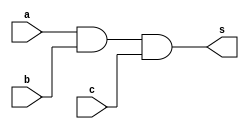
//-------------------------
//	Exemplo0013-AND
// Nome: Douglas Henrique Silva Correa
//-------------------------

//-------------------------
//--and gate
//-------------------------

module andgate ( output s,
						input a,
						input b,
						input c);
 assign s = a & b & c;
endmodule // andgate

//---------------------
//--test and gate
//---------------------
module testandgate;
//-------------------------dados locais
reg a, b, c; // definir registradores
wire s;
			// definir conexao (fio)
//-------------------------instancia
andgate AND1 (s, a, b, c);
//-------------------------preparacao
initial begin:start
				// atribuicao simultanea
				// dos valores iniciais
 a=0; b=0; c=0;
end
//-------------------------parte principal

initial begin
	$display("Exemplo0013 - Douglas Henrique Silva Correa - 466503");
	$display("Test AND gate");
	$display("\na & b & c = s\n");
	a=0; b=0; c=0;
#1	$display("%b & %b & %b = %b", a, b, c, s);
	a=0; b=0; c=1;
#1	$display("%b & %b & %b = %b", a, b, c, s);
	a=0; b=1; c=0;
#1	$display("%b & %b & %b = %b", a, b, c, s);
	a=0; b=1; c=1;
#1	$display("%b & %b & %b = %b", a, b, c, s);
	a=1; b=0; c=0;
#1	$display("%b & %b & %b = %b", a, b, c, s);
	a=1; b=0; c=1;
#1	$display("%b & %b & %b = %b", a, b, c, s);
	a=1; b=1; c=0;
#1	$display("%b & %b & %b = %b", a, b, c, s);
	a=1; b=1; c=1;
#1	$display("%b & %b & %b = %b", a, b, c, s);

end

endmodule // testandgate